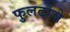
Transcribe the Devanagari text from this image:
फुलटोचे